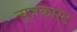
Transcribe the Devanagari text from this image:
न्यूज़कास्ट